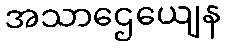
အသာဌေယျေန